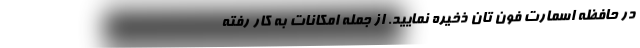
در حافظه اسمارت فون تان ذخیره نمایید. از جمله امکانات به کار رفته